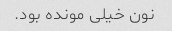
نون خیلی مونده بود.